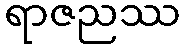
ရာဇညဿ